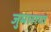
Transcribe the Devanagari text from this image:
जुमारागा